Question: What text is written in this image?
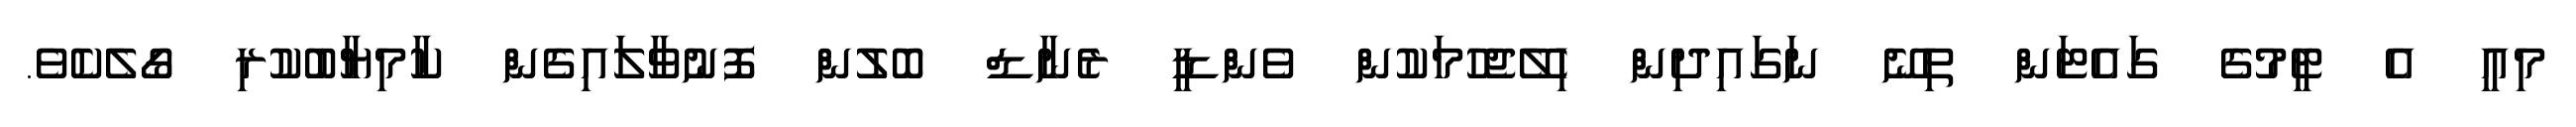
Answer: މިއީ އެ ޓީމުގެ ގައެޓަން ތިނޭ ނަގައިދިން ހިލޭޖެހުމަކުން ވެންޑީ ރެނާޑް ބޮލުން ފޮނުވާލައިގެން ކާމިޔާބުކުރި ގޯލެކެވެ.